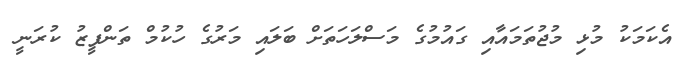
އެކަމަކު މުޅި މުޖުތަމައާއި ގައުމުގެ މަސްލަހަތަށް ބަލައި މަރުގެ ހުކުމް ތަންފީޒު ކުރަނީ